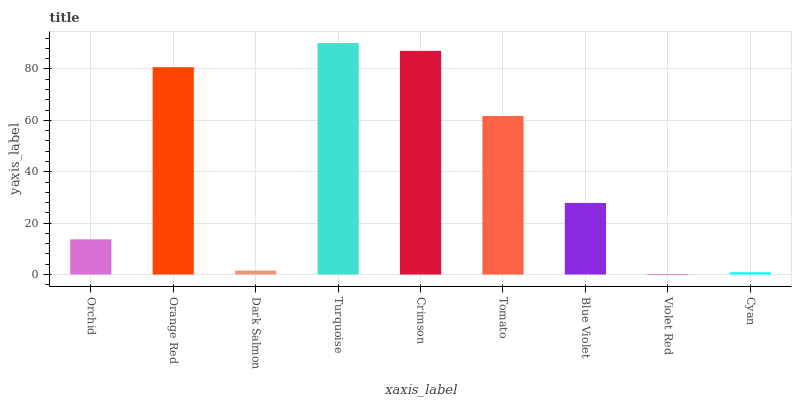
| xaxis_label | bars |
 | --- | --- |
 | Orchid | 13.7 |
 | Orange Red | 80.7 |
 | Dark Salmon | 1.52 |
 | Turquoise | 90.1 |
 | Crimson | 87 |
 | Tomato | 61.7 |
 | Blue Violet | 27.8 |
 | Violet Red | 0.17 |
 | Cyan | 0.881 |